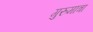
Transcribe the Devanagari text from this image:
गुरुमात्रा